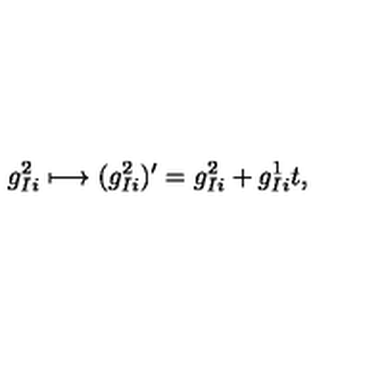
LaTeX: g _ { I i } ^ { 2 } \longmapsto ( g _ { I i } ^ { 2 } ) ^ { \prime } = g _ { I i } ^ { 2 } + g _ { I i } ^ { 1 } t ,